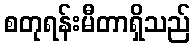
စတုရန်းမီတာရှိသည်